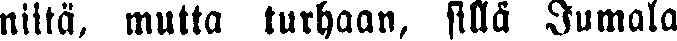
niitä, mutta turhaan, sillä Jumala